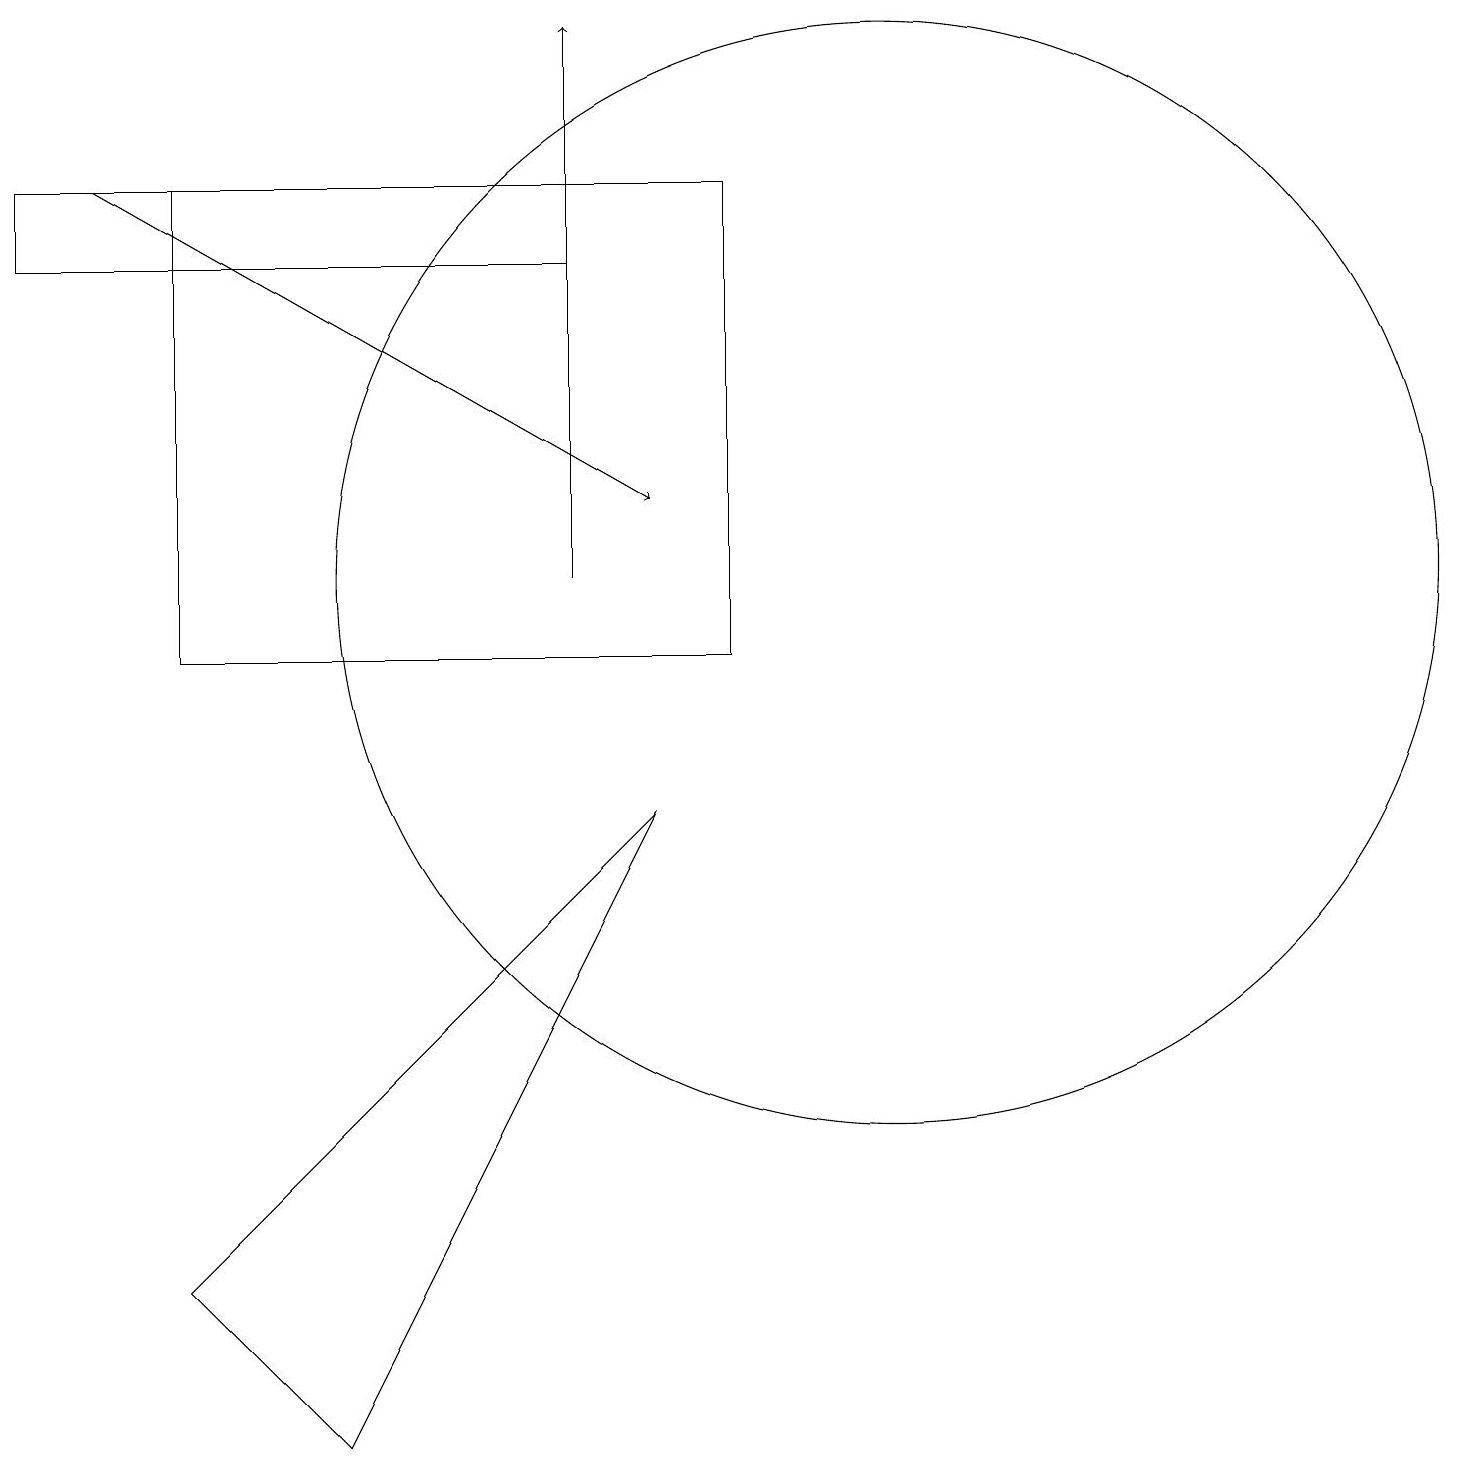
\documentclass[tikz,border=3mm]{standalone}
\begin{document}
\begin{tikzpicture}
\draw (2,3) -- (8,9) -- (4,1) -- cycle;
\draw[->] (1,17) -- (8,13);
\draw[->] (7,12) -- (7,19);
\draw (7,16) rectangle (0,17);
\draw (11,12) circle (7);
\draw (9,11) rectangle (2,17);
\draw (9,11) rectangle (8,11);
\draw (11,10) circle (0);
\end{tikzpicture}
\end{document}